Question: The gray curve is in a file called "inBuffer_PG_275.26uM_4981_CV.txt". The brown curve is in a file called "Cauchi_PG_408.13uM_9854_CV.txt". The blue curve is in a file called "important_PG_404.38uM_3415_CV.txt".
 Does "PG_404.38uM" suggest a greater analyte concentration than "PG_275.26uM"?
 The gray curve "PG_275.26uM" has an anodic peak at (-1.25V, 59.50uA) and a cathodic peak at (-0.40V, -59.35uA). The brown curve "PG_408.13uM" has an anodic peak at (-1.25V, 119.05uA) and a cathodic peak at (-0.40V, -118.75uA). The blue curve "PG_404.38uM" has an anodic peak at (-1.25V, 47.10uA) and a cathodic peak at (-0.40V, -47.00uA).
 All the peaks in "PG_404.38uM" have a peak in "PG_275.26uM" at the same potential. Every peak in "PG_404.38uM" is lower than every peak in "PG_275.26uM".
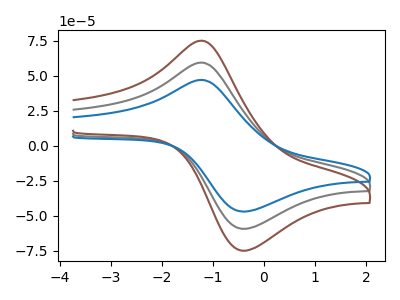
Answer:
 <answer>"PG_404.38uM" has less signal than "PG_275.26uM".</answer>
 <eval>less_signal</eval>